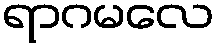
ရာဂမလေ